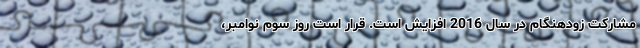
مشارکت زودهنگام در سال 2016 افزایش است. قرار است روز سوم نوامبر،